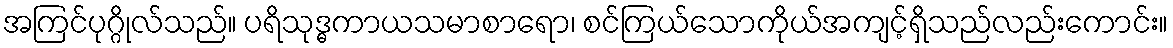
အကြင်ပုဂ္ဂိုလ်သည်။ ပရိသုဒ္ဓကာယသမာစာရော၊ စင်ကြယ်သောကိုယ်အကျင့်ရှိသည်လည်းကောင်း။